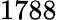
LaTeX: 1788